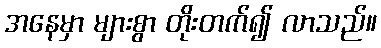
အနေမှာ များစွာ တိုးတက်၍ လာသည်။